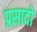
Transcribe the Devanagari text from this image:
प्रसादो